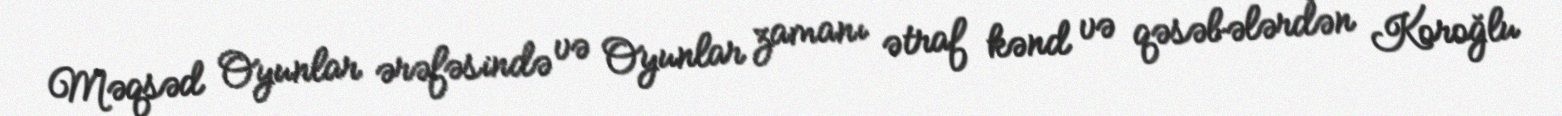
Məqsəd Oyunlar ərəfəsində və Oyunlar zamanı ətraf kənd və qəsəbələrdən Koroğlu